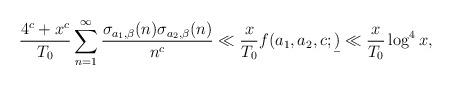
LaTeX: \begin{align*} \frac{4^{c}+x^{c}}{T_0} \sum_{n=1}^{\infty} \frac{\sigma _{a_1,\beta}(n)\sigma _{a_2,\beta}(n)}{n^{c}}\ll \frac{x}{T_0}f(a_1,a_2,c;\b)\ll\frac{x}{T_0}\log^4x ,\end{align*}